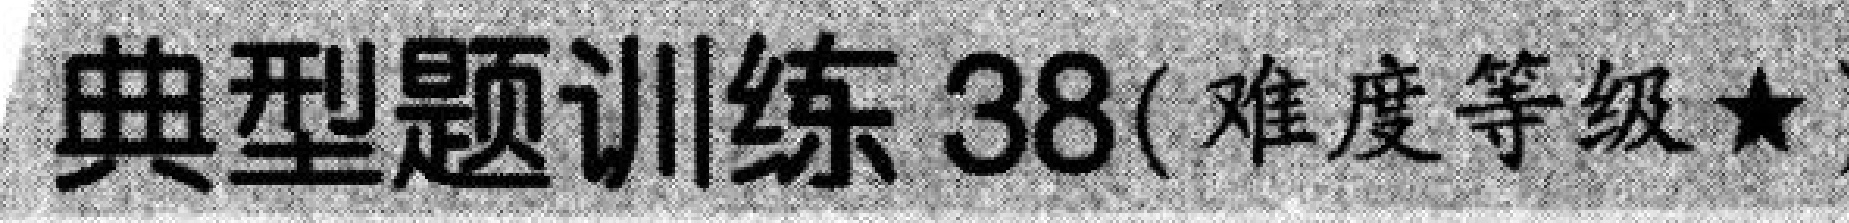
典型题训练 38( 难度等级$\star$)